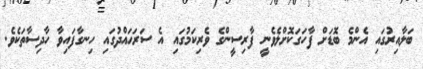
ބަލާއިރުގައި އެެންމެ ބޮޑަށް ފާހަގަކޮށްލެވެނީ ފާރިސީންގެ ވެރިކަމުގައި އެ ސަރަޙައްދުގައި ހިނގާފައިވާ ހާދިސާތަކެވެ.